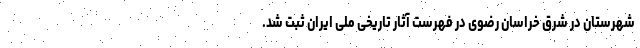
شهرستان در شرق خراسان رضوی در فهرست آثار تاریخی ملی ایران ثبت شد.